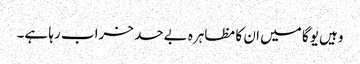
وہیں یوگا میں ان کا مظاہرہ بےحد خراب رہا ہے۔